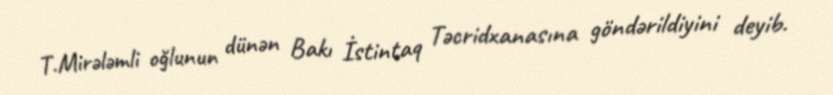
T.Mirələmli oğlunun dünən Bakı İstintaq Təcridxanasına göndərildiyini deyib.